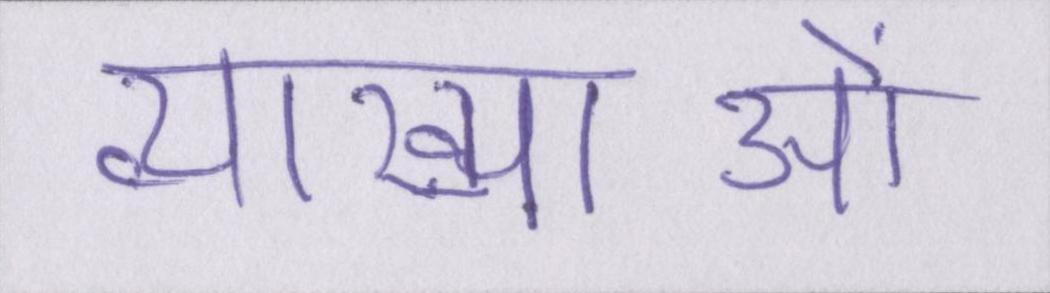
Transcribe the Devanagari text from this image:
व्याख्याओं